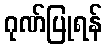
ဂုဏ်ပြုရန်